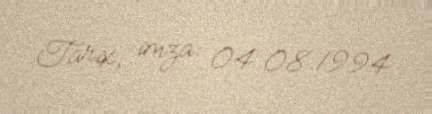
Tarix, imza: 04.08.1994